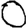
Digit: 0